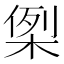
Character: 𭪪